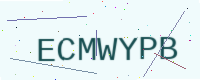
Text: ECMWYPB